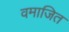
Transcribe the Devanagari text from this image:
वमाजित